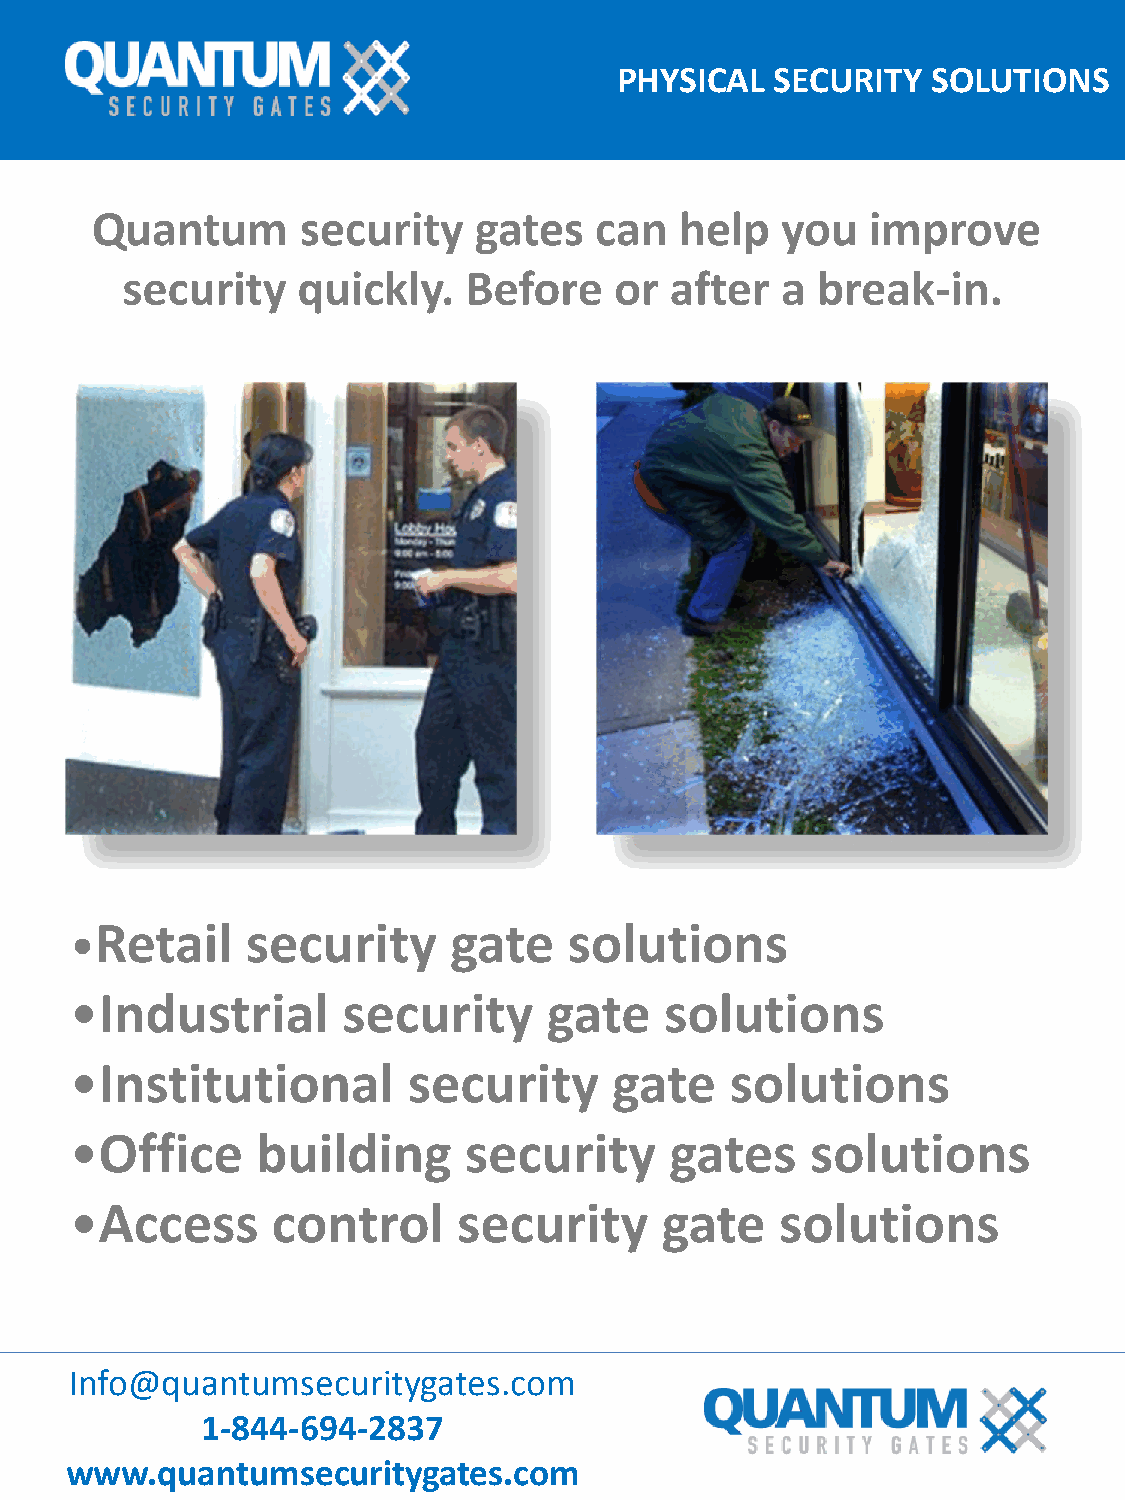
PHYSICAL  SECURITY   SOLUTIONS
 Quantum       security   gates   can   help   you   improve
 security    quickly.   Before    or after   a break-in.
 •Retail    security      gate    solutions
 •Industrial       security     gate    solutions
 •Institutional        security      gate   solutions
 •Office     building      security     gates     solutions
 •Access      control     security      gate    solutions
 Info@quantumsecuritygates.com
 1-844-694-2837
 www.quantumsecuritygates.com